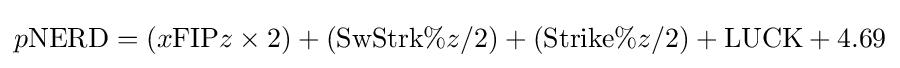
p{\text{NERD}}=(x{\text{FIP}}z\times 2)+({\text{SwStrk}}\%z/2)+({\text{Strike}}\%z/2)+{\text{LUCK}}+4.69